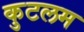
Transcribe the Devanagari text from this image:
कुटलम